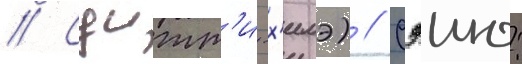
// Суитт'и-х'имэ) // Сэию: